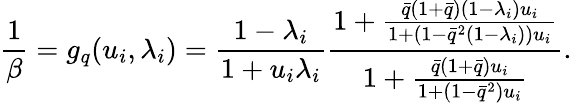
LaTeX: \frac{1}{\beta}=g_{q}(u_{i},\lambda_{i})=\frac{1-\lambda_{i}}{1+u_{i}\lambda_{i}}\frac{1+\frac{\bar{q}(1+\bar{q})(1-\lambda_{i})u_{i}}{1+(1-\bar{q}^{2}(1-\lambda_{i}))u_{i}}}{1+\frac{\bar{q}(1+\bar{q})u_{i}}{1+(1-\bar{q}^{2})u_{i}}}.